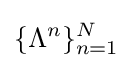
\{\Lambda ^{n}\}_{n=1}^{N}